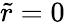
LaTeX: \tilde{r}=0